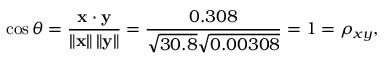
\cos \theta = { \frac { \mathbf { x } \cdot \mathbf { y } } { \left\| \mathbf { x } \right\| \left\| \mathbf { y } \right\| } } = { \frac { 0 . 3 0 8 } { { \sqrt { 3 0 . 8 } } { \sqrt { 0 . 0 0 3 0 8 } } } } = 1 = \rho _ { x y } ,